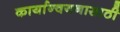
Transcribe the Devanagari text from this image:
कार्यान्वयनासाठी